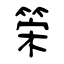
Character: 筞